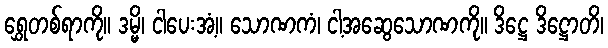
ရွှေတစ်ရာကို။ ဒမ္မိ၊ ငါပေးအံ့။ သောဏကံ၊ ငါ့အဆွေသောဏကို။ ဒိဋ္ဌေ ဒိဋ္ဌောတိ၊